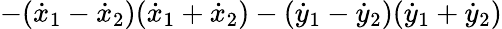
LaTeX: -({\dot{x}}_{1}-{\dot{x}}_{2})({\dot{x}}_{1}+{\dot{x}}_{2})-({\dot{y}}_{1}-{\dot{y}}_{2})({\dot{y}}_{1}+{\dot{y}}_{2})